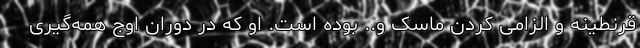
قرنطینه و الزامی کردن ماسک و.. بوده است. او که در دوران اوج همه‌گیری